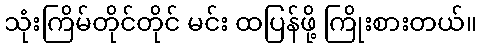
သုံးကြိမ်တိုင်တိုင် မင်း ထပြန်ဖို့ ကြိုးစားတယ်။